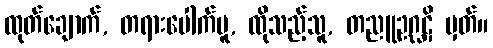
ထုတ်ချောက်, တရားပေါက်မူ, ထိုသည့်သူ, တညူဥဂ္ဃဋိ မှတ်။